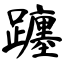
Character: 躔